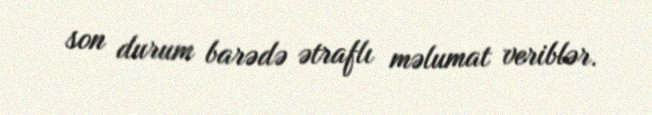
son durum barədə ətraflı məlumat veriblər.